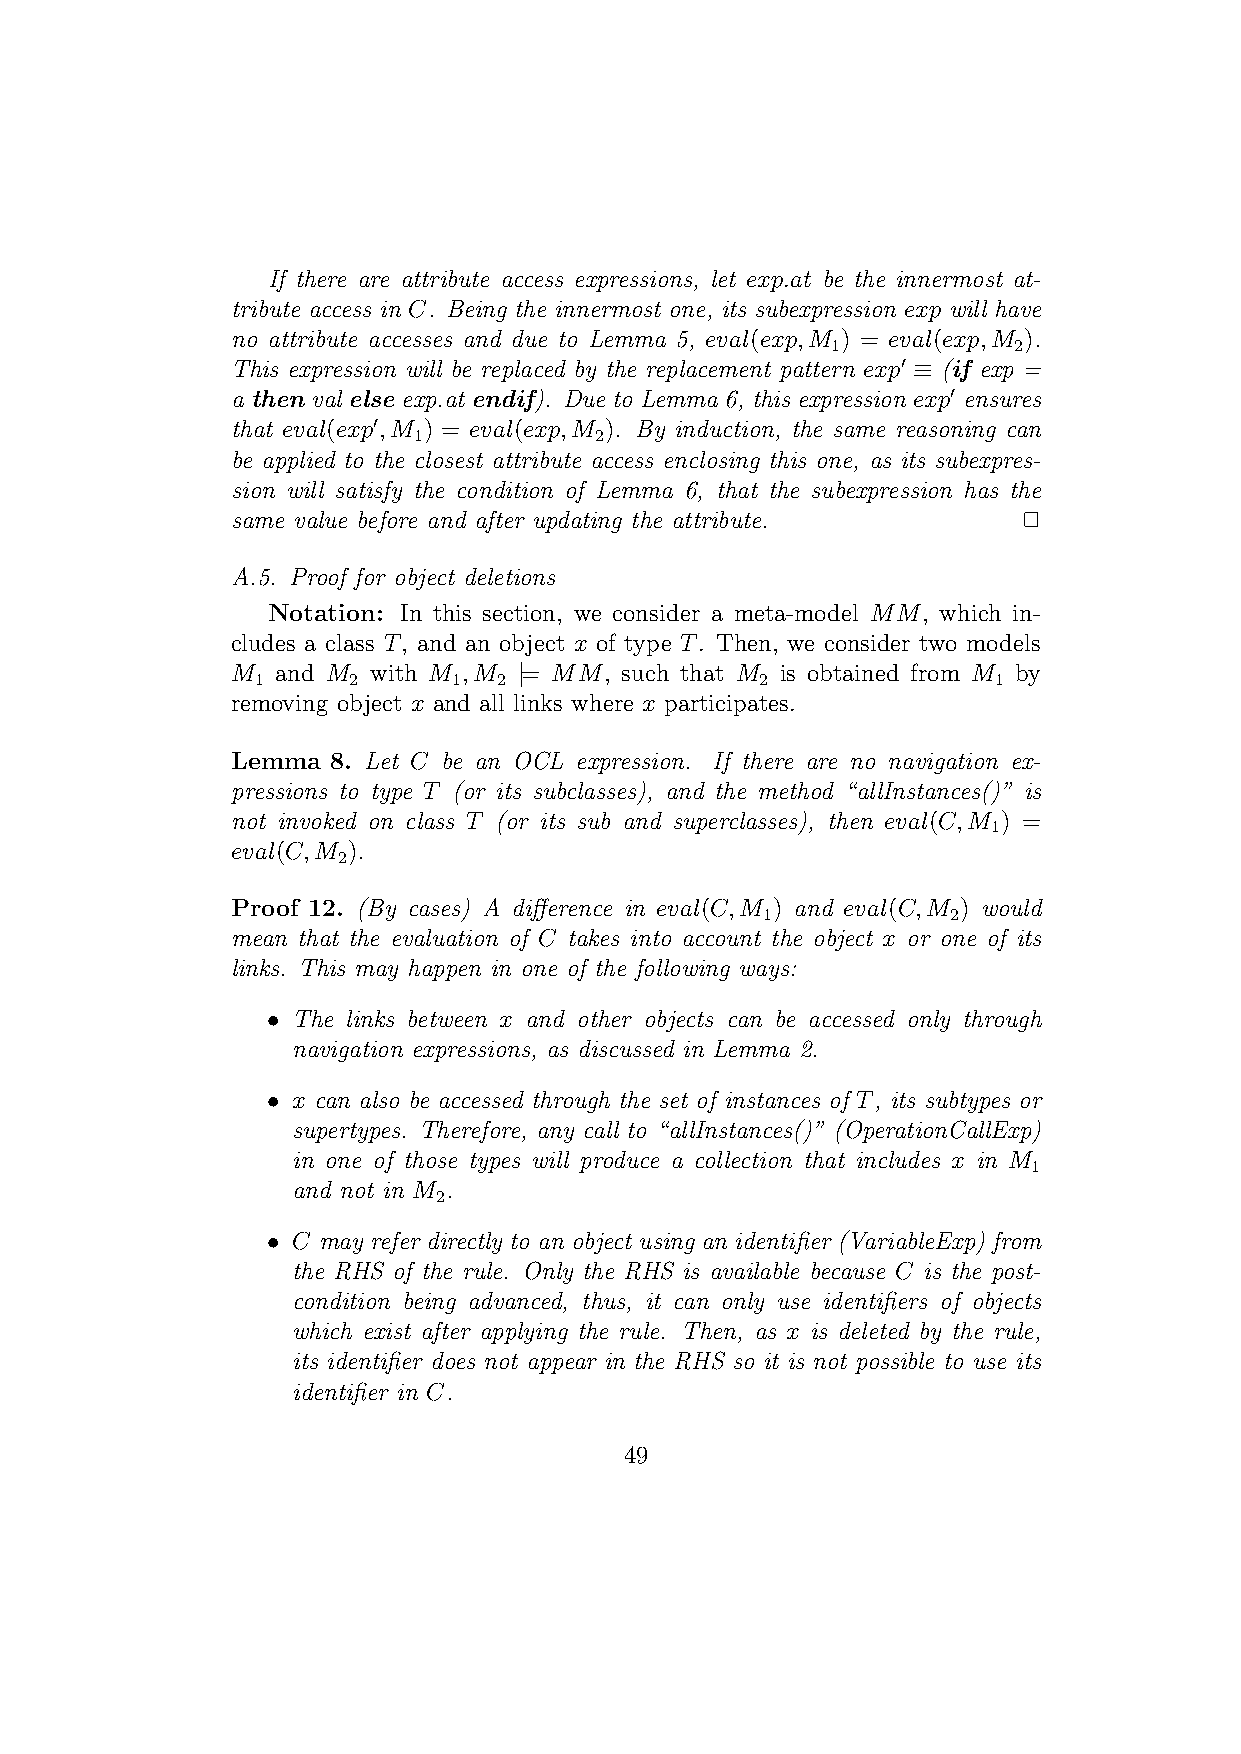
If there are attribute access expressions, let exp:at be the innermost at-
 tribute access in C. Being the innermost one, its subexpression exp will have
 no attribute accesses and due to Lemma 5, eval(exp;M ) = eval(exp;M ).
 1           2
 This expression will be replaced by the replacement pattern exp′ ≡ (if exp =
 a then val else exp.at endif). Due to Lemma 6, this expression exp′ ensures
 that eval(exp′;M ) = eval(exp;M ). By induction, the same reasoning can
 1           2
 be applied to the closest attribute access enclosing this one, as its subexpres-
 sion will satisfy the condition of Lemma 6, that the subexpression has the
 same value before and after updating the attribute.  2
 A.5. Proof for object deletions
 Notation: In this section, we consider a meta-model MM, which in-
 cludes a class T, and an object x of type T. Then, we consider two models
 M  and M with M ;M |= MM, such that M is obtained from M by
 1     2      1  2                2               1
 removing object x and all links where x participates.
 Lemma  8. Let C be an OCL expression. If there are no navigation ex-
 pressions to type T (or its subclasses), and the method “allInstances()” is
 not invoked on class T (or its sub and superclasses), then eval(C;M ) =
 1
 eval(C;M ).
 2
 Proof 12. (By cases) A difference in eval(C;M ) and eval(C;M ) would
 1            2
 mean that the evaluation of C takes into account the object x or one of its
 links. This may happen in one of the following ways:
 • The links between x and other objects can be accessed only through
 navigation expressions, as discussed in Lemma 2.
 • x can also be accessed through the set of instances of T, its subtypes or
 supertypes. Therefore, any call to “allInstances()” (OperationCallExp)
 in one of those types will produce a collection that includes x in M
 1
 and not in M .
 2
 • C may refer directly to an object using an identifier (VariableExp) from
 the RHS of the rule. Only the RHS is available because C is the post-
 condition being advanced, thus, it can only use identifiers of objects
 which exist after applying the rule. Then, as x is deleted by the rule,
 its identifier does not appear in the RHS so it is not possible to use its
 identifier in C.
 49